Vaccination in Bombay 1913-1923 - 1913-1923
Year: 1913
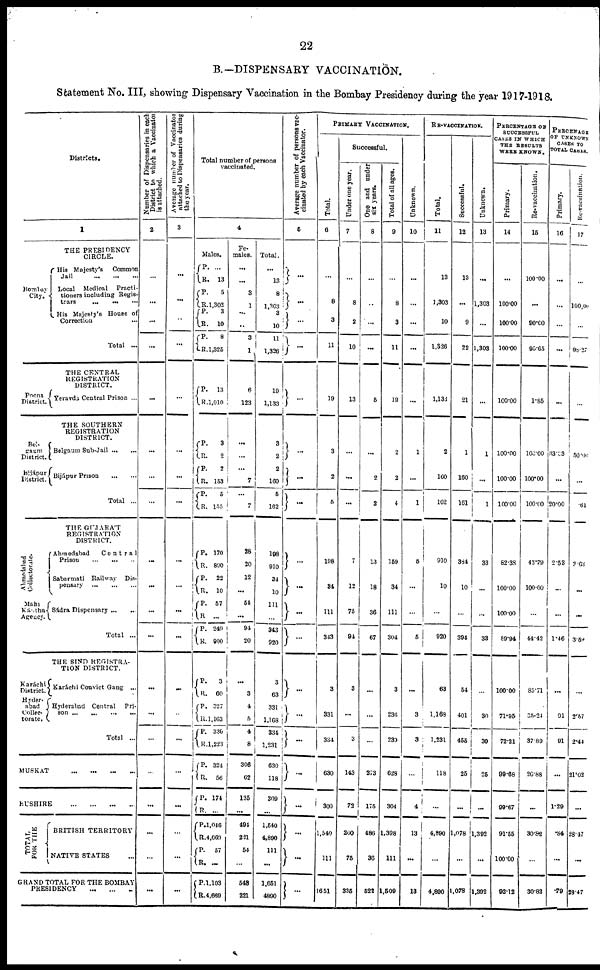
22
B.—DISPENSARY VACCINATION.
Statement No. III, showing Dispensary Vaccination in the Bombay Presidency during the year 1917-1918.
Districts.
1
Bombay
City.
THE PRESIDENCY
CIRCLE.
His Majesty's
Common
Jail
... ... ...
Local Medical
Practi-
tioners including Regis-
trars
...
...
...
His Majesty's House of
Correction ...
Total ...
Poona
District.
Bel¬
gaum
District.
Beijápur
District.
THE CENTRAL
REGISTRATION
DISTRICT.
Yeravda Central Prison ...
THE SOUTHERN
REGISTRATION
DISTRICT.
Belgaum Sub-Jail
...
...
Bijápur Prison
...
...
Total ...
Ahmedabad
Collectorate.
Mahi
Kántha
Agency.
THE GUJARÁT
REGISTRATION
DISTRICT.
Ahmedabad
Central
Prison
...
...
...
Sabarmati Railway Dis-
pensary
...
...
...
Sádra
Dispensary...
...
Total ...
Karáchi
District.
Hyder¬
abad
Collec¬
torate.
THE SIND REGISTRA-
TION DISTRICT.
Karáchi Convict Gang ...
Hyderabad Central
Pri-
son
...
...
...
...
Total ...
MUSKAT
...
...
...
...
BUSHIRE
...
...
...
...
TOTAL
FOR THE
BRITISH TERRITORY
NATIVE STATES ...
GRAND TOTAL FOR THE BOMBAY
PRESIDENCY ... ... ...
Number of Dispensaries in each
District to which a Vaccinator
is attached.
2
...
...
...
...
...
...
...
...
...
...
...
...
...
...
...
...
...
...
...
...
A verage number of Vaccinator
attached to Dispensaries during
the year.
3
...
...
...
...
...
...
...
...
...
...
...
...
...
...
...
...
...
...
...
Total number of persons
vaccinated.
4
Males.
P.
R.
P.
R. P.
R.
P. R.
...
13
5
1,302
3
10
8
1,325
P. R.
13
1,010
P.
R.
P.
R.
P.
R.
3
2
2
153
5
155
P.
R.
P.
R.
P.
R.
P.
R.
170
892
22
10
57
...
249
900
P.
R.
P.
R.
P.
R.
P.
R.
P.
R.
P.
R.
P.
R.
P.
R.
3
60
327
1,163
330
1,223
324
56
174
...
1,046
4,669
57
...
1,103
4,669
Fe¬
males.
...
...
3
1
...
...
3
1
6
123
...
...
...
7
...
7
28
20
12
...
54
...
94
20
...
3
4
5
4
8
306
62
135
...
494
221
54
...
548
221
Total.
...
13
8
1,303
3
10
11
1,326
19
1,133
3
2
2
160
5
162
198
910
34
10
111
...
343
920
3
63
331
1,168
334
1,231
630
118
309
...
1,540
4,890
111
...
1,651
4,890
Average number of persons vac-
cinated by each Vaccinator.
5
...
...
...
...
...
...
...
...
...
...
...
...
...
...
...
...
...
...
...
...
PRIMARY VACCINATION.
Total.
6
...
8
3
11
19
3
2
5
198
34
111
343
3
331
334
630
309
1,540
111
1,651
Successful.
Under one year.
7
...
8
2
10
13
...
...
...
7
12
75
94
3
...
3
143
72
260
75
335
One and under
six years.
8
...
...
...
...
5
...
2
2
13
18
36
67
...
...
...
273
175
486
36
522
Total of all ages.
9
...
8
3
11
19
2
2
4
159
34
111
304
3
236
230
628
304
1,398
111
1,509
Unknown.
10
...
...
...
...
...
1
...
1
5
...
...
5
...
3
3
...
4
13
...
13
RE-VACCINATION.
Total.
11
13
1,303
10
1,326
1,133
2
100
162
910
10
...
920
63
1,168
1,231
118
...
4,890
...
4,890
Successful.
12
13
...
9
22
21
1
160
161
384
10
...
394
54
401
455
25
...
1,078
...
1,078
Unknown.
13
...
1,303
...
1,303
...
1
...
1
33
...
...
33
...
30
30
25
...
1,392
...
1,392
PERCENTAGE OF
SUCCESSFUL
CASES IN WHICH
THE RESULTS
WERE SHOWN.
Primary.
14
...
100.00
100.00
100.00
100.00
100.00
100.00
100.00
82.38
100.00
100.00
89.94
100.00
71.95
72.21
99.68
99.68
99.67
91.55
100.00
92.12
Re-vaccination.
15
100.00
...
90.00
95.65
1.85
100.00
100.00
100.00
43.79
100.00
...
44.42
85.71
35.24
37.89
26.88
...
30.82
...
30.82
PERCENTAGE
OF UNKNOWN
CASES TO
TOTAL CASES.
Primary.
16
...
...
...
...
...
33.33
...
20.00
2.53
...
...
1.46
...
91
91
...
1.29
.84
...
.79
Re-vaccination.
17
...
100.00
...
98·27
...
50.00
...
.61
2.63
...
...
3.59
...
2.57
2.44
21.02
...
28.47
...
28.47